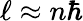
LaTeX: \ell\approx n\hbar